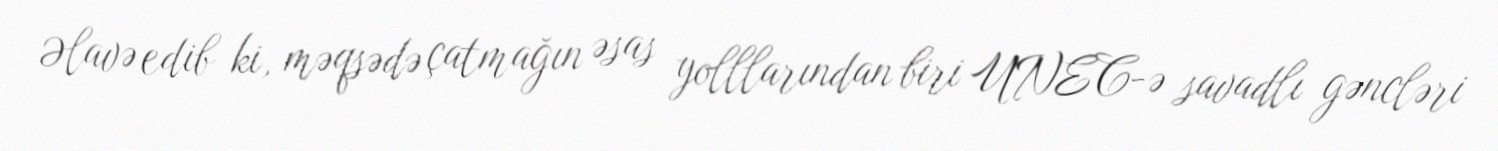
Əlavə edib ki, məqsədə çatmağın əsas yolllarından biri UNEC-ə savadlı gəncləri